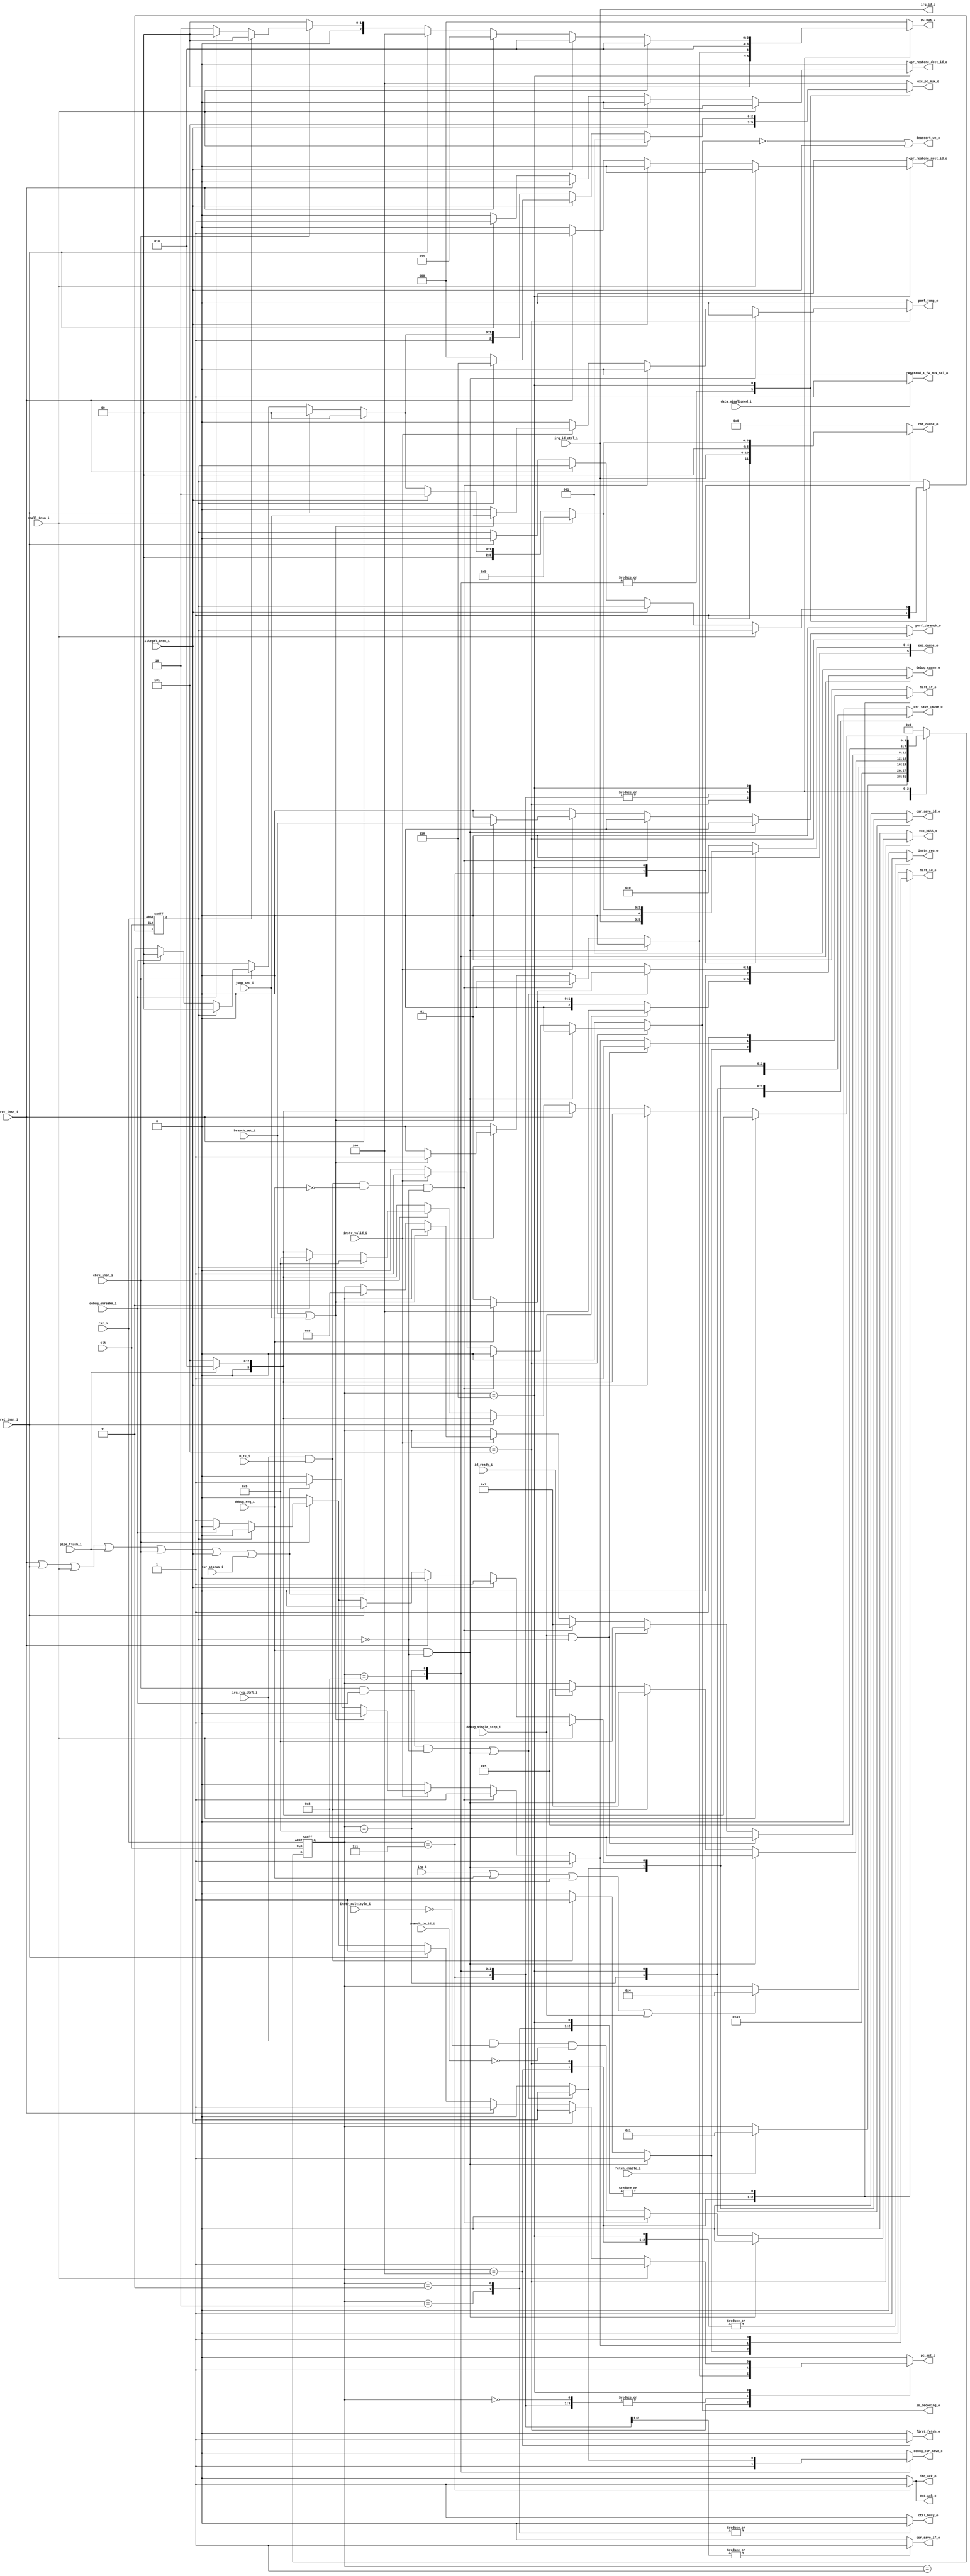
// Copyright lowRISC contributors.
// Copyright 2018 ETH Zurich and University of Bologna.
// Licensed under the Apache License, Version 2.0, see LICENSE for details.
// SPDX-License-Identifier: Apache-2.0

////////////////////////////////////////////////////////////////////////////////
//                                                                            //
// Additional contributions by:                                               //
//                 Igor Loi - igor.loi@unibo.it                               //
//                 Andreas Traber - atraber@student.ethz.ch                   //
//                 Sven Stucki - svstucki@student.ethz.ch                     //
//                 Davide Schiavone - pschiavo@iis.ee.ethz.ch                 //
//                                                                            //
// Design Name:    Main controller                                            //
// Project Name:   ibex                                                       //
// Language:       SystemVerilog                                              //
//                                                                            //
// Description:    Main CPU controller of the processor                       //
//                                                                            //
////////////////////////////////////////////////////////////////////////////////

module flexbex_ibex_controller (
	clk,
	rst_n,
	fetch_enable_i,
	ctrl_busy_o,
	first_fetch_o,
	is_decoding_o,
	deassert_we_o,
	illegal_insn_i,
	ecall_insn_i,
	mret_insn_i,
	dret_insn_i,
	pipe_flush_i,
	ebrk_insn_i,
	csr_status_i,
	instr_valid_i,
	instr_req_o,
	pc_set_o,
	pc_mux_o,
	exc_pc_mux_o,
	data_misaligned_i,
	branch_in_id_i,
	branch_set_i,
	jump_set_i,
	instr_multicyle_i,
	irq_i,
	irq_req_ctrl_i,
	irq_id_ctrl_i,
	m_IE_i,
	irq_ack_o,
	irq_id_o,
	exc_cause_o,
	exc_ack_o,
	exc_kill_o,
	debug_req_i,
	debug_cause_o,
	debug_csr_save_o,
	debug_single_step_i,
	debug_ebreakm_i,
	csr_save_if_o,
	csr_save_id_o,
	csr_cause_o,
	csr_restore_mret_id_o,
	csr_restore_dret_id_o,
	csr_save_cause_o,
	operand_a_fw_mux_sel_o,
	halt_if_o,
	halt_id_o,
	id_ready_i,
	perf_jump_o,
	perf_tbranch_o
);
	input wire clk;
	input wire rst_n;
	input wire fetch_enable_i;
	output reg ctrl_busy_o;
	output reg first_fetch_o;
	output reg is_decoding_o;
	output wire deassert_we_o;
	input wire illegal_insn_i;
	input wire ecall_insn_i;
	input wire mret_insn_i;
	input wire dret_insn_i;
	input wire pipe_flush_i;
	input wire ebrk_insn_i;
	input wire csr_status_i;
	input wire instr_valid_i;
	output reg instr_req_o;
	output reg pc_set_o;
	output reg [2:0] pc_mux_o;
	output reg [2:0] exc_pc_mux_o;
	input wire data_misaligned_i;
	input wire branch_in_id_i;
	input wire branch_set_i;
	input wire jump_set_i;
	input wire instr_multicyle_i;
	input wire irq_i;
	input wire irq_req_ctrl_i;
	input wire [4:0] irq_id_ctrl_i;
	input wire m_IE_i;
	output reg irq_ack_o;
	output reg [4:0] irq_id_o;
	output reg [5:0] exc_cause_o;
	output reg exc_ack_o;
	output reg exc_kill_o;
	input wire debug_req_i;
	output reg [2:0] debug_cause_o;
	output reg debug_csr_save_o;
	input wire debug_single_step_i;
	input wire debug_ebreakm_i;
	output reg csr_save_if_o;
	output reg csr_save_id_o;
	output reg [5:0] csr_cause_o;
	output reg csr_restore_mret_id_o;
	output reg csr_restore_dret_id_o;
	output reg csr_save_cause_o;
	output wire operand_a_fw_mux_sel_o;
	output reg halt_if_o;
	output reg halt_id_o;
	input wire id_ready_i;
	output reg perf_jump_o;
	output reg perf_tbranch_o;
	reg [3:0] ctrl_fsm_cs;
	reg [3:0] ctrl_fsm_ns;
	reg irq_enable_int;
	reg debug_mode_q;
	reg debug_mode_n;
	function automatic [5:0] sv2v_cast_6;
		input reg [5:0] inp;
		sv2v_cast_6 = inp;
	endfunction
	always @(*) begin
		instr_req_o = 1'b1;
		exc_ack_o = 1'b0;
		exc_kill_o = 1'b0;
		csr_save_if_o = 1'b0;
		csr_save_id_o = 1'b0;
		csr_restore_mret_id_o = 1'b0;
		csr_restore_dret_id_o = 1'b0;
		csr_save_cause_o = 1'b0;
		exc_cause_o = 6'h00;
		exc_pc_mux_o = 3'd4;
		csr_cause_o = 6'h00;
		pc_mux_o = 3'd0;
		pc_set_o = 1'b0;
		ctrl_fsm_ns = ctrl_fsm_cs;
		ctrl_busy_o = 1'b1;
		is_decoding_o = 1'b0;
		first_fetch_o = 1'b0;
		halt_if_o = 1'b0;
		halt_id_o = 1'b0;
		irq_ack_o = 1'b0;
		irq_id_o = irq_id_ctrl_i;
		irq_enable_int = m_IE_i;
		debug_csr_save_o = 1'b0;
		debug_cause_o = 3'h1;
		debug_mode_n = debug_mode_q;
		perf_tbranch_o = 1'b0;
		perf_jump_o = 1'b0;
		case (ctrl_fsm_cs)
			4'd0: begin
				instr_req_o = 1'b0;
				pc_mux_o = 3'd0;
				pc_set_o = 1'b1;
				if (fetch_enable_i)
					ctrl_fsm_ns = 4'd1;
			end
			4'd1: begin
				instr_req_o = 1'b1;
				pc_mux_o = 3'd0;
				pc_set_o = 1'b1;
				ctrl_fsm_ns = 4'd4;
			end
			4'd2: begin
				ctrl_busy_o = 1'b0;
				instr_req_o = 1'b0;
				halt_if_o = 1'b1;
				halt_id_o = 1'b1;
				ctrl_fsm_ns = 4'd3;
			end
			4'd3: begin
				ctrl_busy_o = 1'b0;
				instr_req_o = 1'b0;
				halt_if_o = 1'b1;
				halt_id_o = 1'b1;
				if (((irq_i || debug_req_i) || debug_mode_q) || debug_single_step_i)
					ctrl_fsm_ns = 4'd4;
			end
			4'd4: begin
				first_fetch_o = 1'b1;
				if (id_ready_i)
					ctrl_fsm_ns = 4'd5;
				if (irq_req_ctrl_i && irq_enable_int) begin
					ctrl_fsm_ns = 4'd7;
					halt_if_o = 1'b1;
					halt_id_o = 1'b1;
				end
				if (debug_req_i && !debug_mode_q) begin
					ctrl_fsm_ns = 4'd8;
					halt_if_o = 1'b1;
					halt_id_o = 1'b1;
				end
			end
			4'd5: begin
				is_decoding_o = 1'b0;
				case (1'b1)
					debug_req_i && !debug_mode_q: begin
						ctrl_fsm_ns = 4'd9;
						halt_if_o = 1'b1;
						halt_id_o = 1'b1;
					end
					((irq_req_ctrl_i && irq_enable_int) && !debug_req_i) && !debug_mode_q: begin
						ctrl_fsm_ns = 4'd7;
						halt_if_o = 1'b1;
						halt_id_o = 1'b1;
					end
					default: begin
						exc_kill_o = (irq_req_ctrl_i & ~instr_multicyle_i) & ~branch_in_id_i;
						if (instr_valid_i) begin
							is_decoding_o = 1'b1;
							if (branch_set_i || jump_set_i) begin
								pc_mux_o = 3'd1;
								pc_set_o = 1'b1;
								perf_tbranch_o = branch_set_i;
								perf_jump_o = jump_set_i;
							end
							else if ((((((mret_insn_i || dret_insn_i) || ecall_insn_i) || pipe_flush_i) || ebrk_insn_i) || illegal_insn_i) || csr_status_i) begin
								ctrl_fsm_ns = 4'd6;
								halt_if_o = 1'b1;
								halt_id_o = 1'b1;
							end
						end
					end
				endcase
				if (debug_single_step_i && !debug_mode_q) begin
					halt_if_o = 1'b1;
					ctrl_fsm_ns = 4'd8;
				end
			end
			4'd7: begin
				pc_mux_o = 3'd2;
				pc_set_o = 1'b1;
				exc_pc_mux_o = 3'd4;
				exc_cause_o = sv2v_cast_6({1'b0, irq_id_ctrl_i});
				csr_save_cause_o = 1'b1;
				csr_cause_o = sv2v_cast_6({1'b1, irq_id_ctrl_i});
				csr_save_if_o = 1'b1;
				irq_ack_o = 1'b1;
				exc_ack_o = 1'b1;
				ctrl_fsm_ns = 4'd5;
			end
			4'd8: begin
				pc_mux_o = 3'd2;
				pc_set_o = 1'b1;
				exc_pc_mux_o = 3'd5;
				csr_save_if_o = 1'b1;
				debug_csr_save_o = 1'b1;
				csr_save_cause_o = 1'b1;
				if (debug_single_step_i)
					debug_cause_o = 3'h4;
				else if (debug_req_i)
					debug_cause_o = 3'h3;
				else if (ebrk_insn_i)
					debug_cause_o = 3'h1;
				debug_mode_n = 1'b1;
				ctrl_fsm_ns = 4'd5;
			end
			4'd9: begin
				pc_mux_o = 3'd2;
				pc_set_o = 1'b1;
				exc_pc_mux_o = 3'd5;
				if (((ebrk_insn_i && debug_ebreakm_i) && !debug_mode_q) || (debug_req_i && !debug_mode_q)) begin
					csr_save_cause_o = 1'b1;
					csr_save_id_o = 1'b1;
					debug_csr_save_o = 1'b1;
					if (debug_req_i)
						debug_cause_o = 3'h3;
					else if (ebrk_insn_i)
						debug_cause_o = 3'h1;
				end
				debug_mode_n = 1'b1;
				ctrl_fsm_ns = 4'd5;
			end
			4'd6: begin
				halt_if_o = 1'b1;
				halt_id_o = 1'b1;
				if (!pipe_flush_i)
					ctrl_fsm_ns = 4'd5;
				else
					ctrl_fsm_ns = 4'd2;
				case (1'b1)
					ecall_insn_i: begin
						pc_mux_o = 3'd2;
						pc_set_o = 1'b1;
						csr_save_id_o = 1'b1;
						csr_save_cause_o = 1'b1;
						exc_pc_mux_o = 3'd1;
						exc_cause_o = 6'h0b;
						csr_cause_o = 6'h0b;
					end
					illegal_insn_i: begin
						pc_mux_o = 3'd2;
						pc_set_o = 1'b1;
						csr_save_id_o = 1'b1;
						csr_save_cause_o = 1'b1;
						if (debug_mode_q)
							exc_pc_mux_o = 3'd6;
						else
							exc_pc_mux_o = 3'd0;
						exc_cause_o = 6'h02;
						csr_cause_o = 6'h02;
					end
					mret_insn_i: begin
						pc_mux_o = 3'd3;
						pc_set_o = 1'b1;
						csr_restore_mret_id_o = 1'b1;
					end
					dret_insn_i: begin
						pc_mux_o = 3'd4;
						pc_set_o = 1'b1;
						debug_mode_n = 1'b0;
						csr_restore_dret_id_o = 1'b1;
					end
					ebrk_insn_i:
						if (debug_mode_q)
							ctrl_fsm_ns = 4'd9;
						else if (debug_ebreakm_i)
							ctrl_fsm_ns = 4'd9;
						else begin
							pc_mux_o = 3'd2;
							pc_set_o = 1'b1;
							csr_save_id_o = 1'b1;
							csr_save_cause_o = 1'b1;
							exc_pc_mux_o = 3'd7;
							exc_cause_o = 6'h03;
							csr_cause_o = 6'h03;
						end
					default:
						;
				endcase
			end
			default: begin
				instr_req_o = 1'b0;
				ctrl_fsm_ns = 4'd0;
			end
		endcase
	end
	assign deassert_we_o = ~is_decoding_o | illegal_insn_i;
	assign operand_a_fw_mux_sel_o = (data_misaligned_i ? 1'd1 : 1'd0);
	always @(posedge clk or negedge rst_n) begin : UPDATE_REGS
		if (!rst_n) begin
			ctrl_fsm_cs <= 4'd0;
			debug_mode_q <= 1'b0;
		end
		else begin
			ctrl_fsm_cs <= ctrl_fsm_ns;
			debug_mode_q <= debug_mode_n;
		end
	end
endmodule